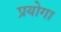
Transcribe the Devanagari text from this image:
प्रयोगा